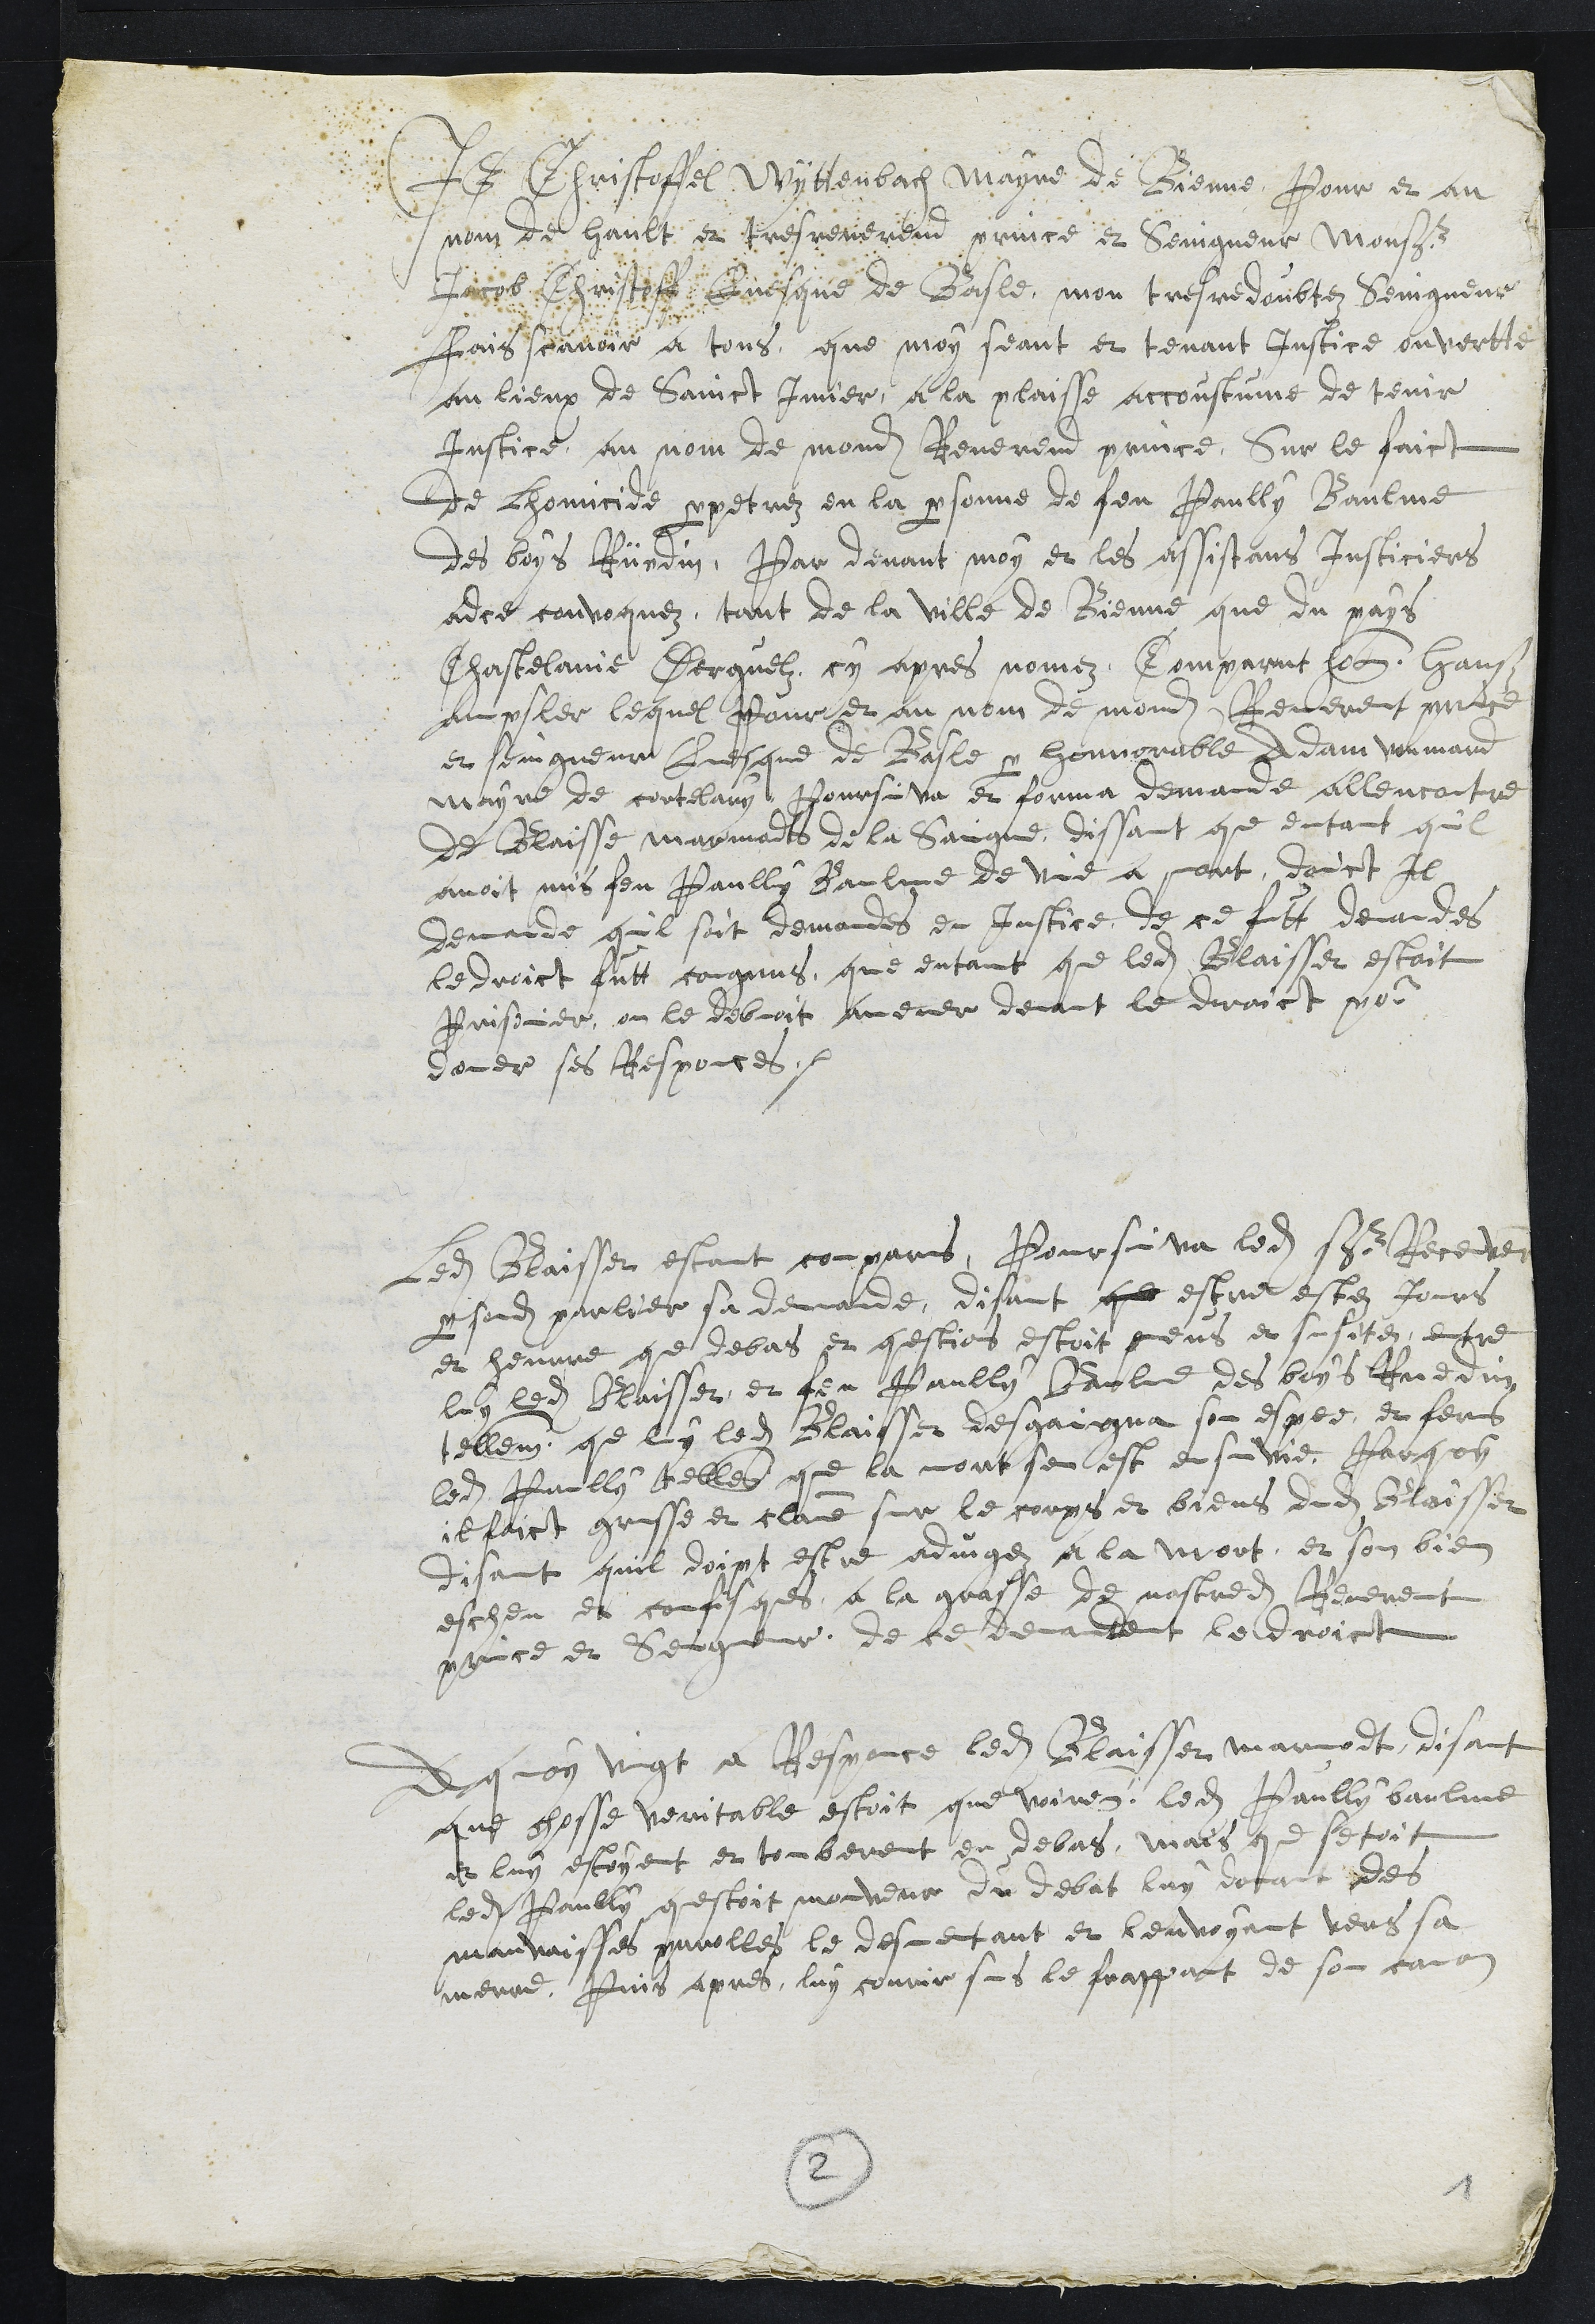
Je Christoffel Wyttenbach Mayre de Bienne, Pour et au
nom de hault, et tres reverend prince et Seingneur Monsr
Jacob Christoff Evesque de Basle, mon tres redoubtez Seingneur
fais scavoir a tous que moy seant et tenant justice ouvertte
au lieux de Sainct Imier, a la plaisse accoustume de tenir
Justice au nom de mondit Reverend prince, Sur le faict
de lhomicide perpetrez en la personne de feu Paully Baulme
des boys Rüedin, Par devant moy et les assistans Justiciers
adce convoquez tant de la ville de Bienne que du pays
Chastelanie Derguelz cy apres nomez Comparut honnorable Hanß
ampsler lequel Pour et au nom de mondit Reverent prince
et seingneur Evesque de Basle par honnorable Adam voumard
mayre de cortelary, Poursuiva et forma demande allencontre
de Blaisse marmodts de la Saigne, dissant que entant quil
avoit mis feu Paully Baulme de vie a mort, douct Il
demande quil soit demandes en justice. de ce futt demandes
le droict futt congnus, que entant que ledit Blaisset estoit
Prisonier, on le debvoit amener devant le droict pour
doner ses Responces.
Ledit Blaisset estant comparus, Poursuiva ledit sr Receveur
par sondit parlier sa demande, disant que estre estez jours
et heurre que debas et questions estoit deus et susitez, entre
luy ledit Blaisset et feu Paully Balme des boys Ruedin
tellement que luy ledit Blaisset desgaigna son espee et ferus
ledit Paully tellement que la mort sen est ensuivie. Parquoy
il faict grusse et clame sur le corps et biens dudit Blaisset
disant quil doit estre adjugez a la mort, et son bien
escheu et confisques a la grasse de nostredit Reverent
ce et Seigneur, de ce demandent le droict
A quoy vingt a Responce ledit Blaisset marmodt, disant
que chosse veritable estoit que voirement, ledit Paully baulme
et luy estoyent et tomberent en debas, mais que setoit
ledit Paully questoit mouveur du debat luy donant des
mauvaisses parolles le desmentant et lenvoyent vers sa
merre, Puis apres, luy courir sus le frappant de son canon
2
1